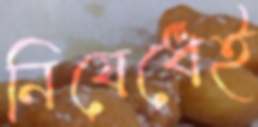
নিষেধেই